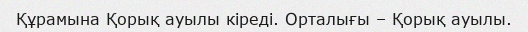
Құрамына Қорық ауылы кіреді. Орталығы – Қорық ауылы.